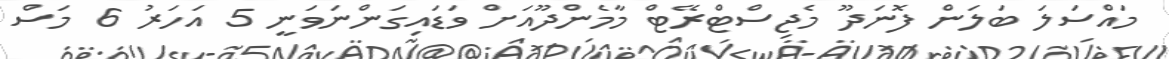
މައްސަލަ ބަލަން ފޮނަދޫ މެޖިސްޓްރޭޓް މާމެންދޫއަށް ވަޑައިގަންނަވަނީ 5 އަހަރު 6 މަސް